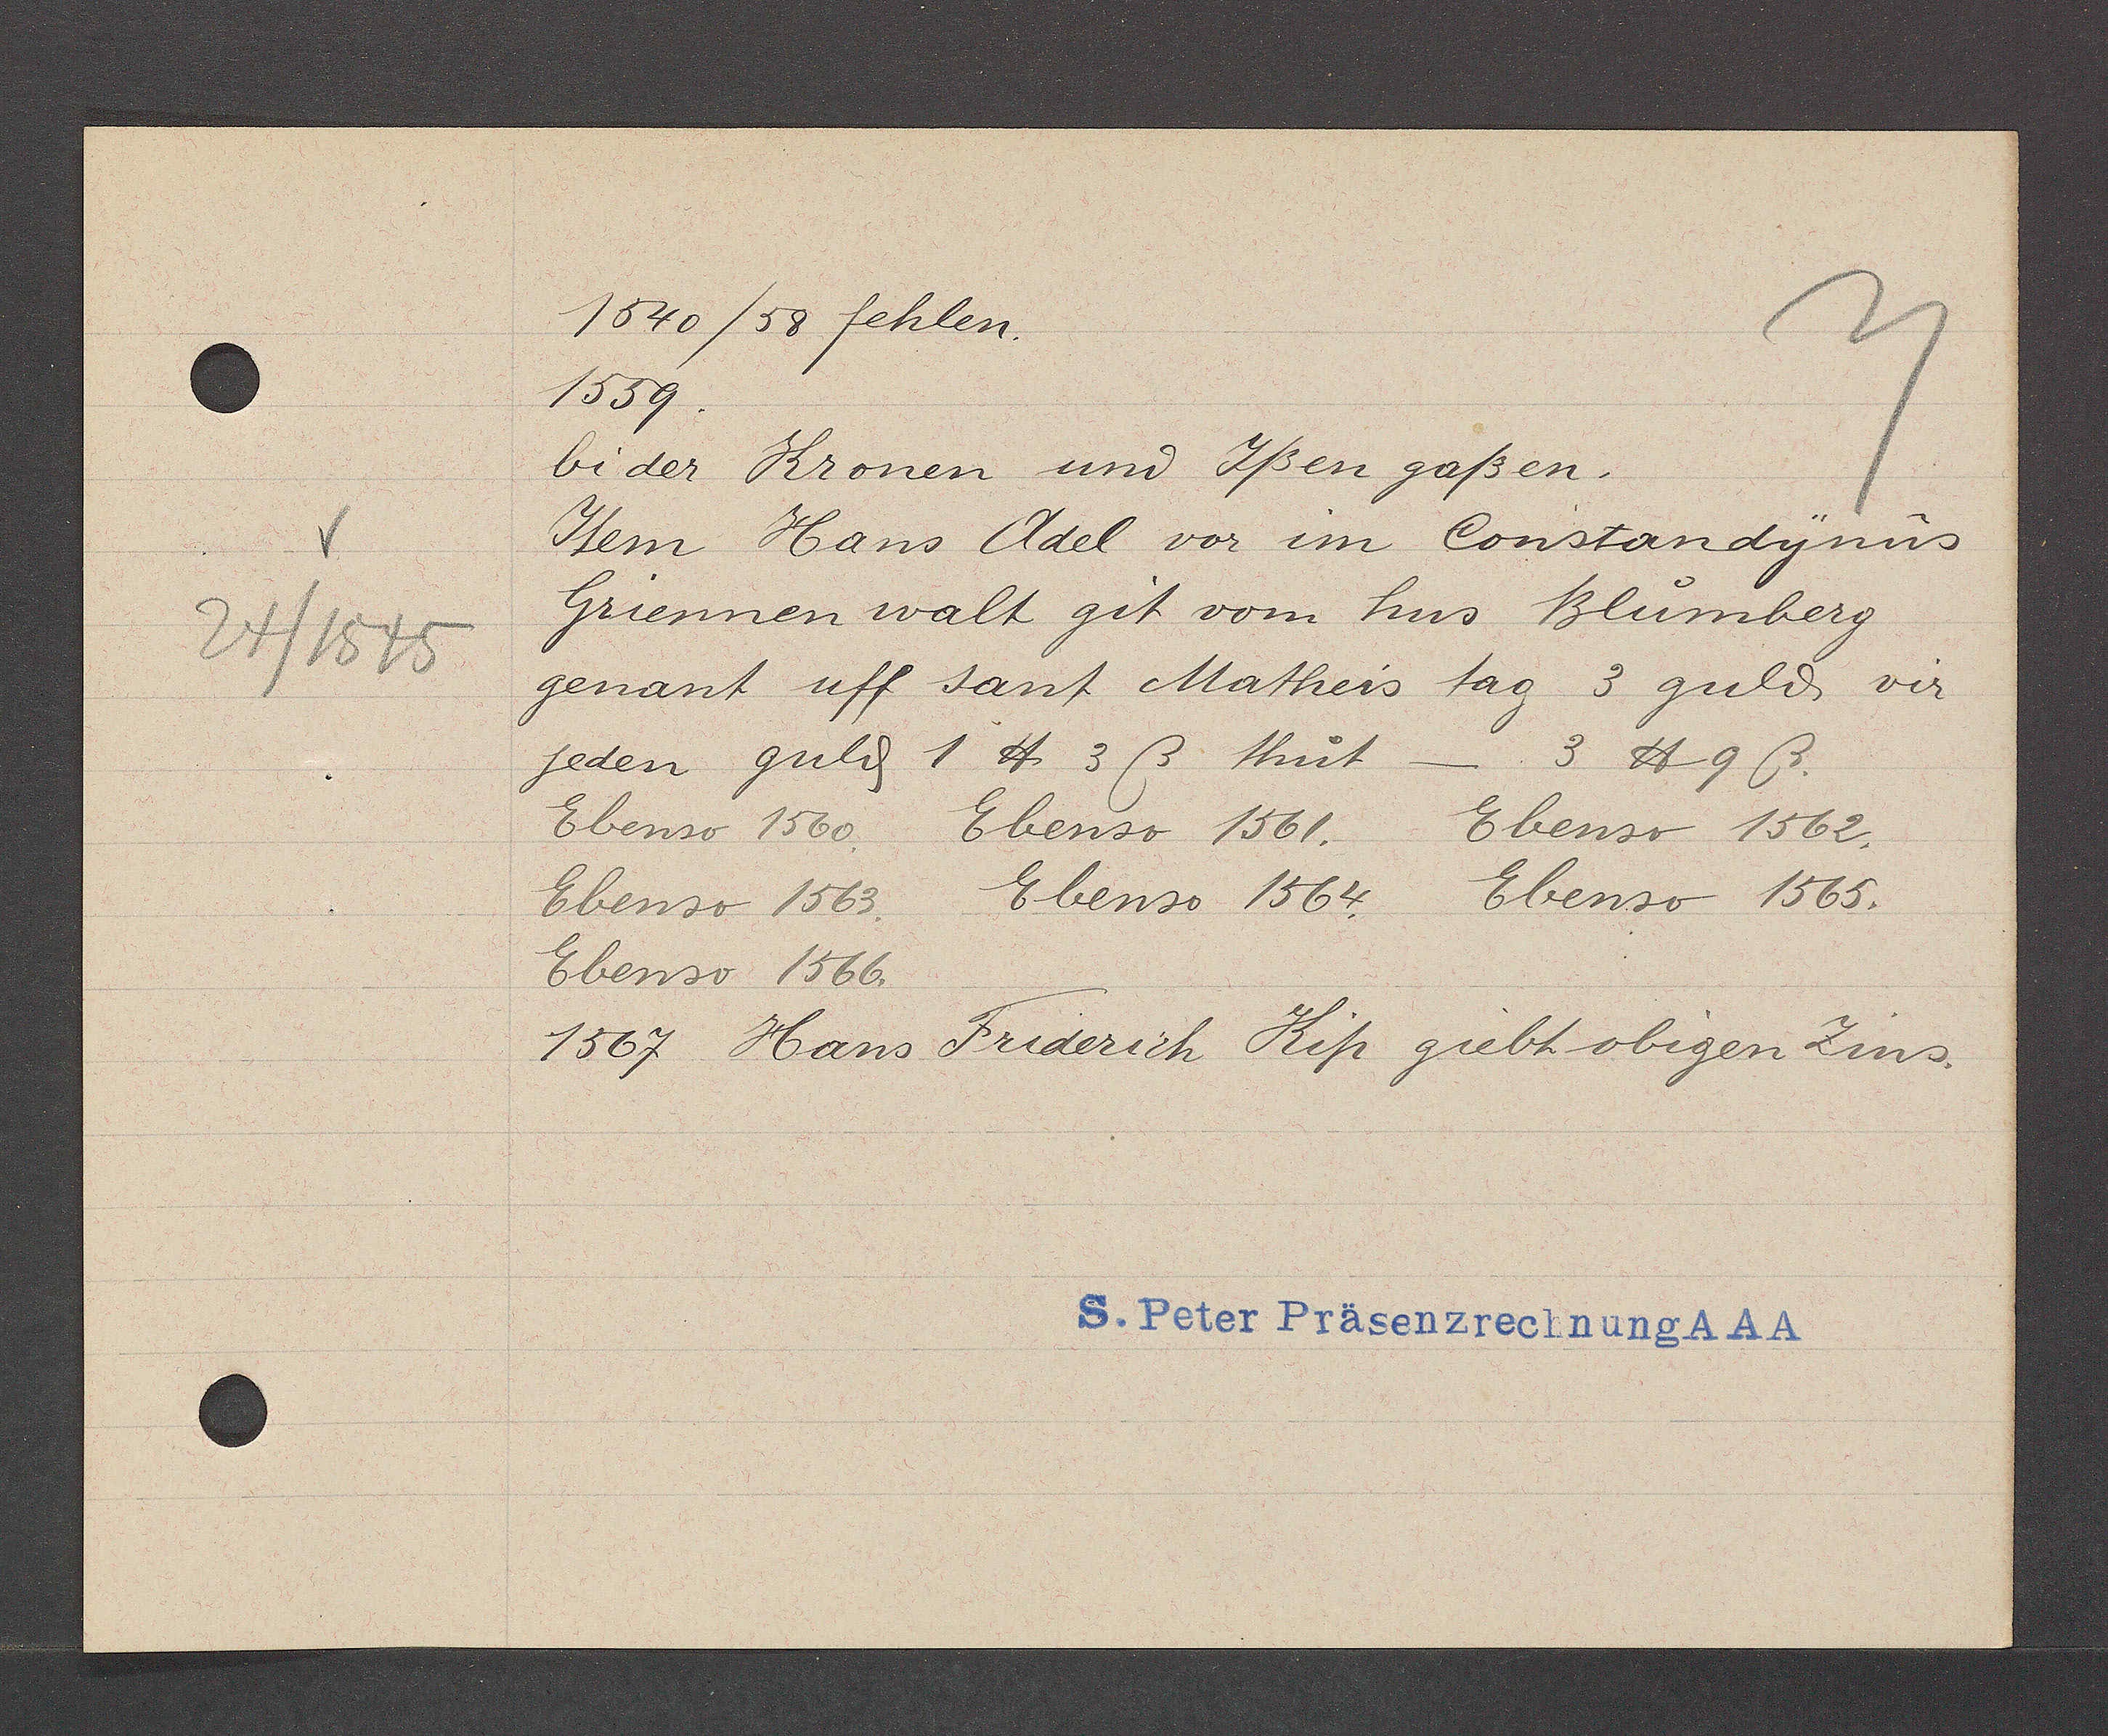
Transcript:
24/1545

1540 /58 fehlen.
1559
bi der Kronen und Ißen gaßen.
Item Hans Adel vor im Constandynus
Griennen walt git vom hus Bluomberg
genant uff sant Matheis tag 3 guld vir
jeden guld 1 ℔ 3ß thut -3 ℔ 9 ß.
Ebenso 1560. Ebenso 1561. Ebenso 1562.
Ebenso 1564. Ebenso 1565.
Ebenso 1563.
Ebenso 1566.
Friderich Kip giebt obegen Zins.
1567 Hans